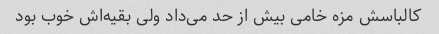
کالباسش مزه خامی بیش از حد می‌داد ولی بقیه‌اش خوب بود